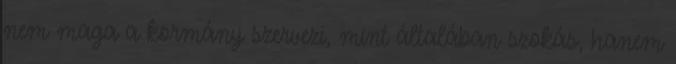
nem maga a kormány szervezi, mint általában szokás, hanem